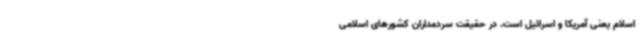
اسلام یعنی آمریکا و اسرائیل است. در حقیقت سردمداران کشورهای اسلامی